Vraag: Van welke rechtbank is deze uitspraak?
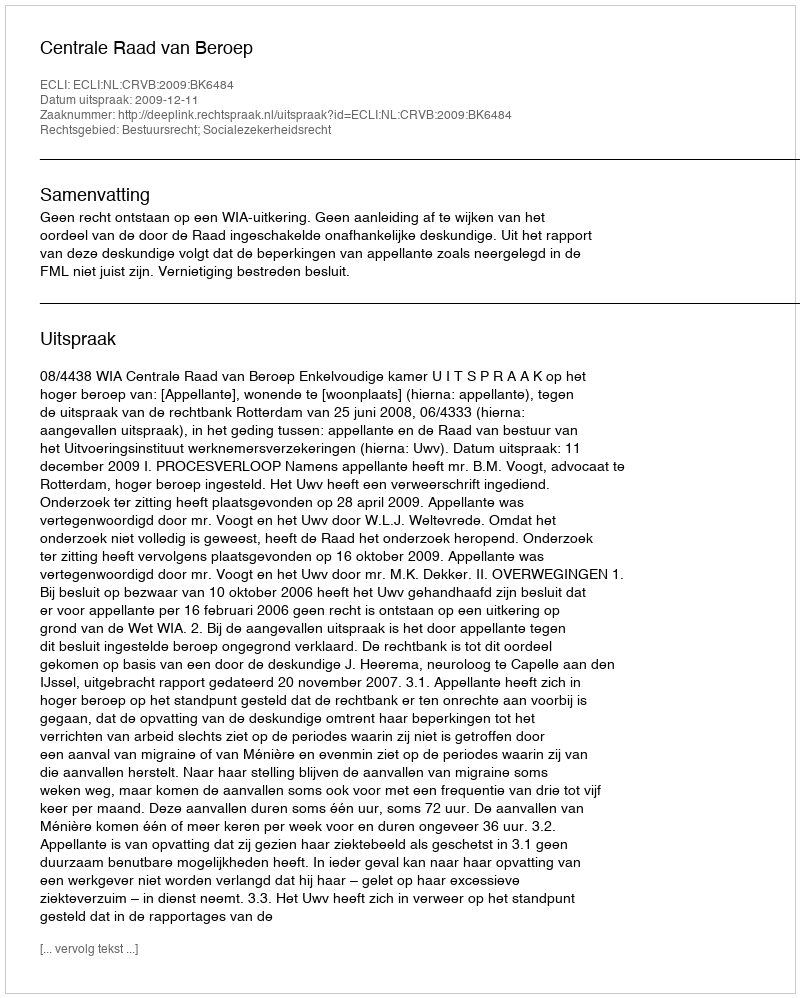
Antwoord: Centrale Raad van Beroep